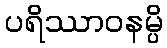
ပရိဿာဝနမ္ပိ